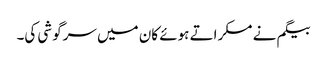
بیگم نے مسکراتے ہوئے کان میں سرگوشی کی۔